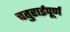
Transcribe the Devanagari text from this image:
चतुराईपूर्ण